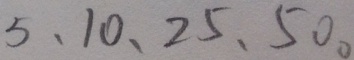
5 、 1 0 、 2 5 、 5 0 。